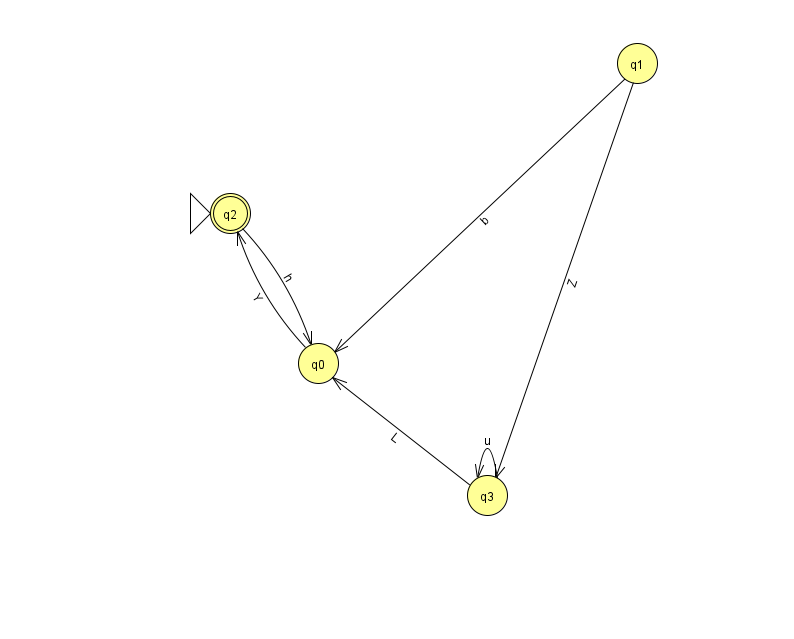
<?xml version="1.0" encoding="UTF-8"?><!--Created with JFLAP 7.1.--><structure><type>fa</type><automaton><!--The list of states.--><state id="0" name="q0"><x>318.0</x><y>350.0</y></state><state id="1" name="q1"><x>637.0</x><y>50.0</y></state><state id="2" name="q2"><x>230.0</x><y>200.0</y><initial/><final/></state><state id="3" name="q3"><x>487.0</x><y>482.0</y></state><!--The list of transitions.--><transition><from>3</from><to>3</to><read>u</read></transition><transition><from>1</from><to>0</to><read>b</read></transition><transition><from>1</from><to>3</to><read>Z</read></transition><transition><from>3</from><to>0</to><read>L</read></transition><transition><from>0</from><to>2</to><read>Y</read></transition><transition><from>2</from><to>0</to><read>h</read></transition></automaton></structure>